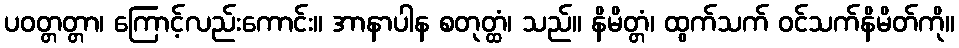
ပဝတ္တတ္တာ၊ ကြောင့်လည်းကောင်း။ အာနာပါန စတုတ္ထံ၊ သည်။ နိမိတ္တံ၊ ထွက်သက် ဝင်သက်နိမိတ်ကို။